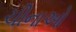
ચીનાઓ